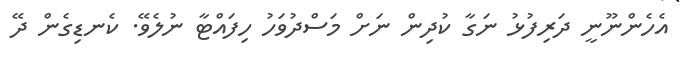
އެހެންނޫނީ ދަރިފުޅު ނަގާ ކުދިން ނަށް މަސްދުވަހު ހިފައްޓާ ނުލެވޭ. ކެނޑިގެން ދޭ